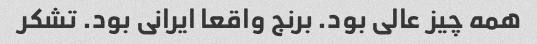
همه چیز عالی بود. برنج واقعا ایرانی بود. تشکر